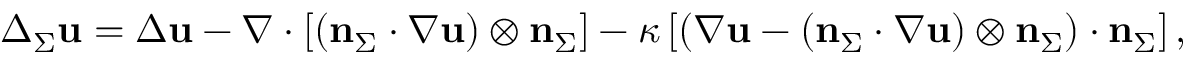
\Delta _ { \Sigma } \mathbf { u } = \Delta \mathbf { u } - \nabla \cdot \left[ ( \mathbf { n } _ { \Sigma } \cdot \nabla \mathbf { u } ) \otimes \mathbf { n } _ { \Sigma } \right] - \kappa \left[ \left( \nabla \mathbf { u } - ( \mathbf { n } _ { \Sigma } \cdot \nabla \mathbf { u } ) \otimes \mathbf { n } _ { \Sigma } \right) \cdot \mathbf { n } _ { \Sigma } \right] ,